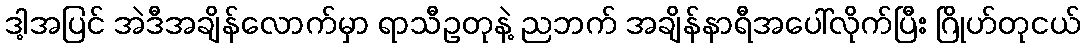
ဒါ့အပြင် အဲဒီအချိန်လောက်မှာ ရာသီဥတုနဲ့ ညဘက် အချိန်နာရီအပေါ်လိုက်ပြီး ဂြိုဟ်တုငယ်